Scottish Certificate of Education, 1963
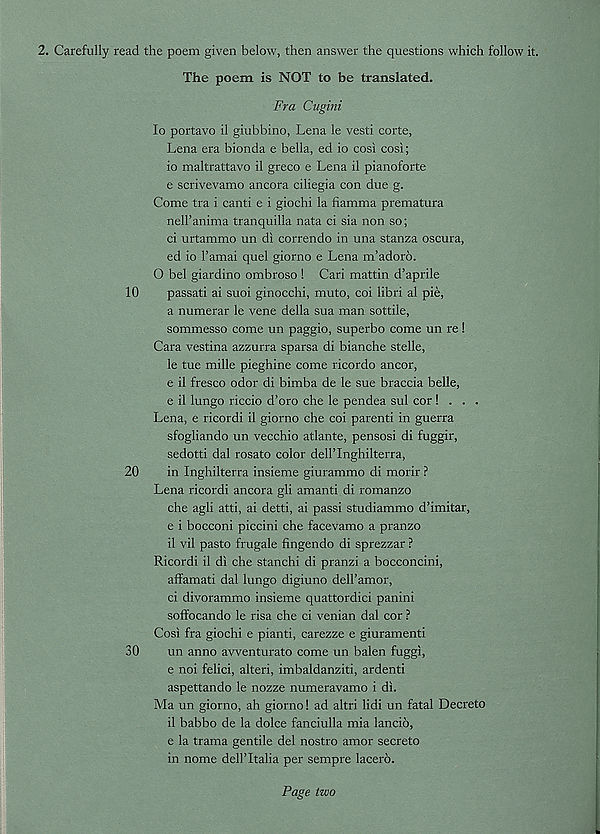
2. Carefully read the poem given below, then answer the questions which follow it.
The poem is NOT to be translated.
Fra Cugini
lo portavo il giubbino, Lena le vesti corte,
Lena era bionda e bella, ed io cosi cosi;
10 maltrattavo il greco e Lena il pianoforte
e scrivevamo ancora ciliegia con due g.
Come tra i canti e i giochi la fiamma prematura
nell’anima tranquilla nata ci sia non so;
ci urtammo un di correndo in una stanza oscura,
ed io I’amai quel giorno e Lena m’adoro.
O bel giardino ombroso ! Cari mattin d’aprile
10
passati ai suoi ginocchi, muto, coi libri al pie,
a numerar le vene della sua man sottile,
sommesso come un paggio, superbo come un re !
Cara vestina azzurra sparsa di bianche stelle,
le tue mille pieghine come ricordo ancor,
e il fresco odor di bimba de le sue braccia belle,
e il lungo riccio d’oro che le pendea sul cor! . . .
Lena, e ricordi il giorno che coi parent! in guerra
sfogliando un vecchio atlante, pensosi di fuggir,
sedotti dal rosato color dell’Inghilterra,
20
in Inghilterra insieme giurammo di morir ?
Lena ricordi ancora gli amanti di romanzo
che agli atti, ai detti, ai passi studiammo d’imitar,
e i bocconi piccini che facevamo a pranzo
11 vil paste frugale fingendo di sprezzar ?
Ricordi il di che stanchi di pranzi a bocconcini,
affamati dal lungo digiuno dell’amor,
ci divorammo insieme quattordici panini
soffocando le risa che ci venian dal cor ?
Cosi fra giochi e pianti, carezze e giuramenti
30
un anno awenturato come un balen fuggi,
e noi felici, alteri, imbaldanziti, ardenti
aspettando le nozze numeravamo i di.
Ma un giorno, ah giorno! ad altri lidi un fatal Decreto
il babbo de la dolce fanciulla mia lancio,
e la trama gentile del nostro amor secreto
in nome dellTtalia per sempre lacero.
Page two